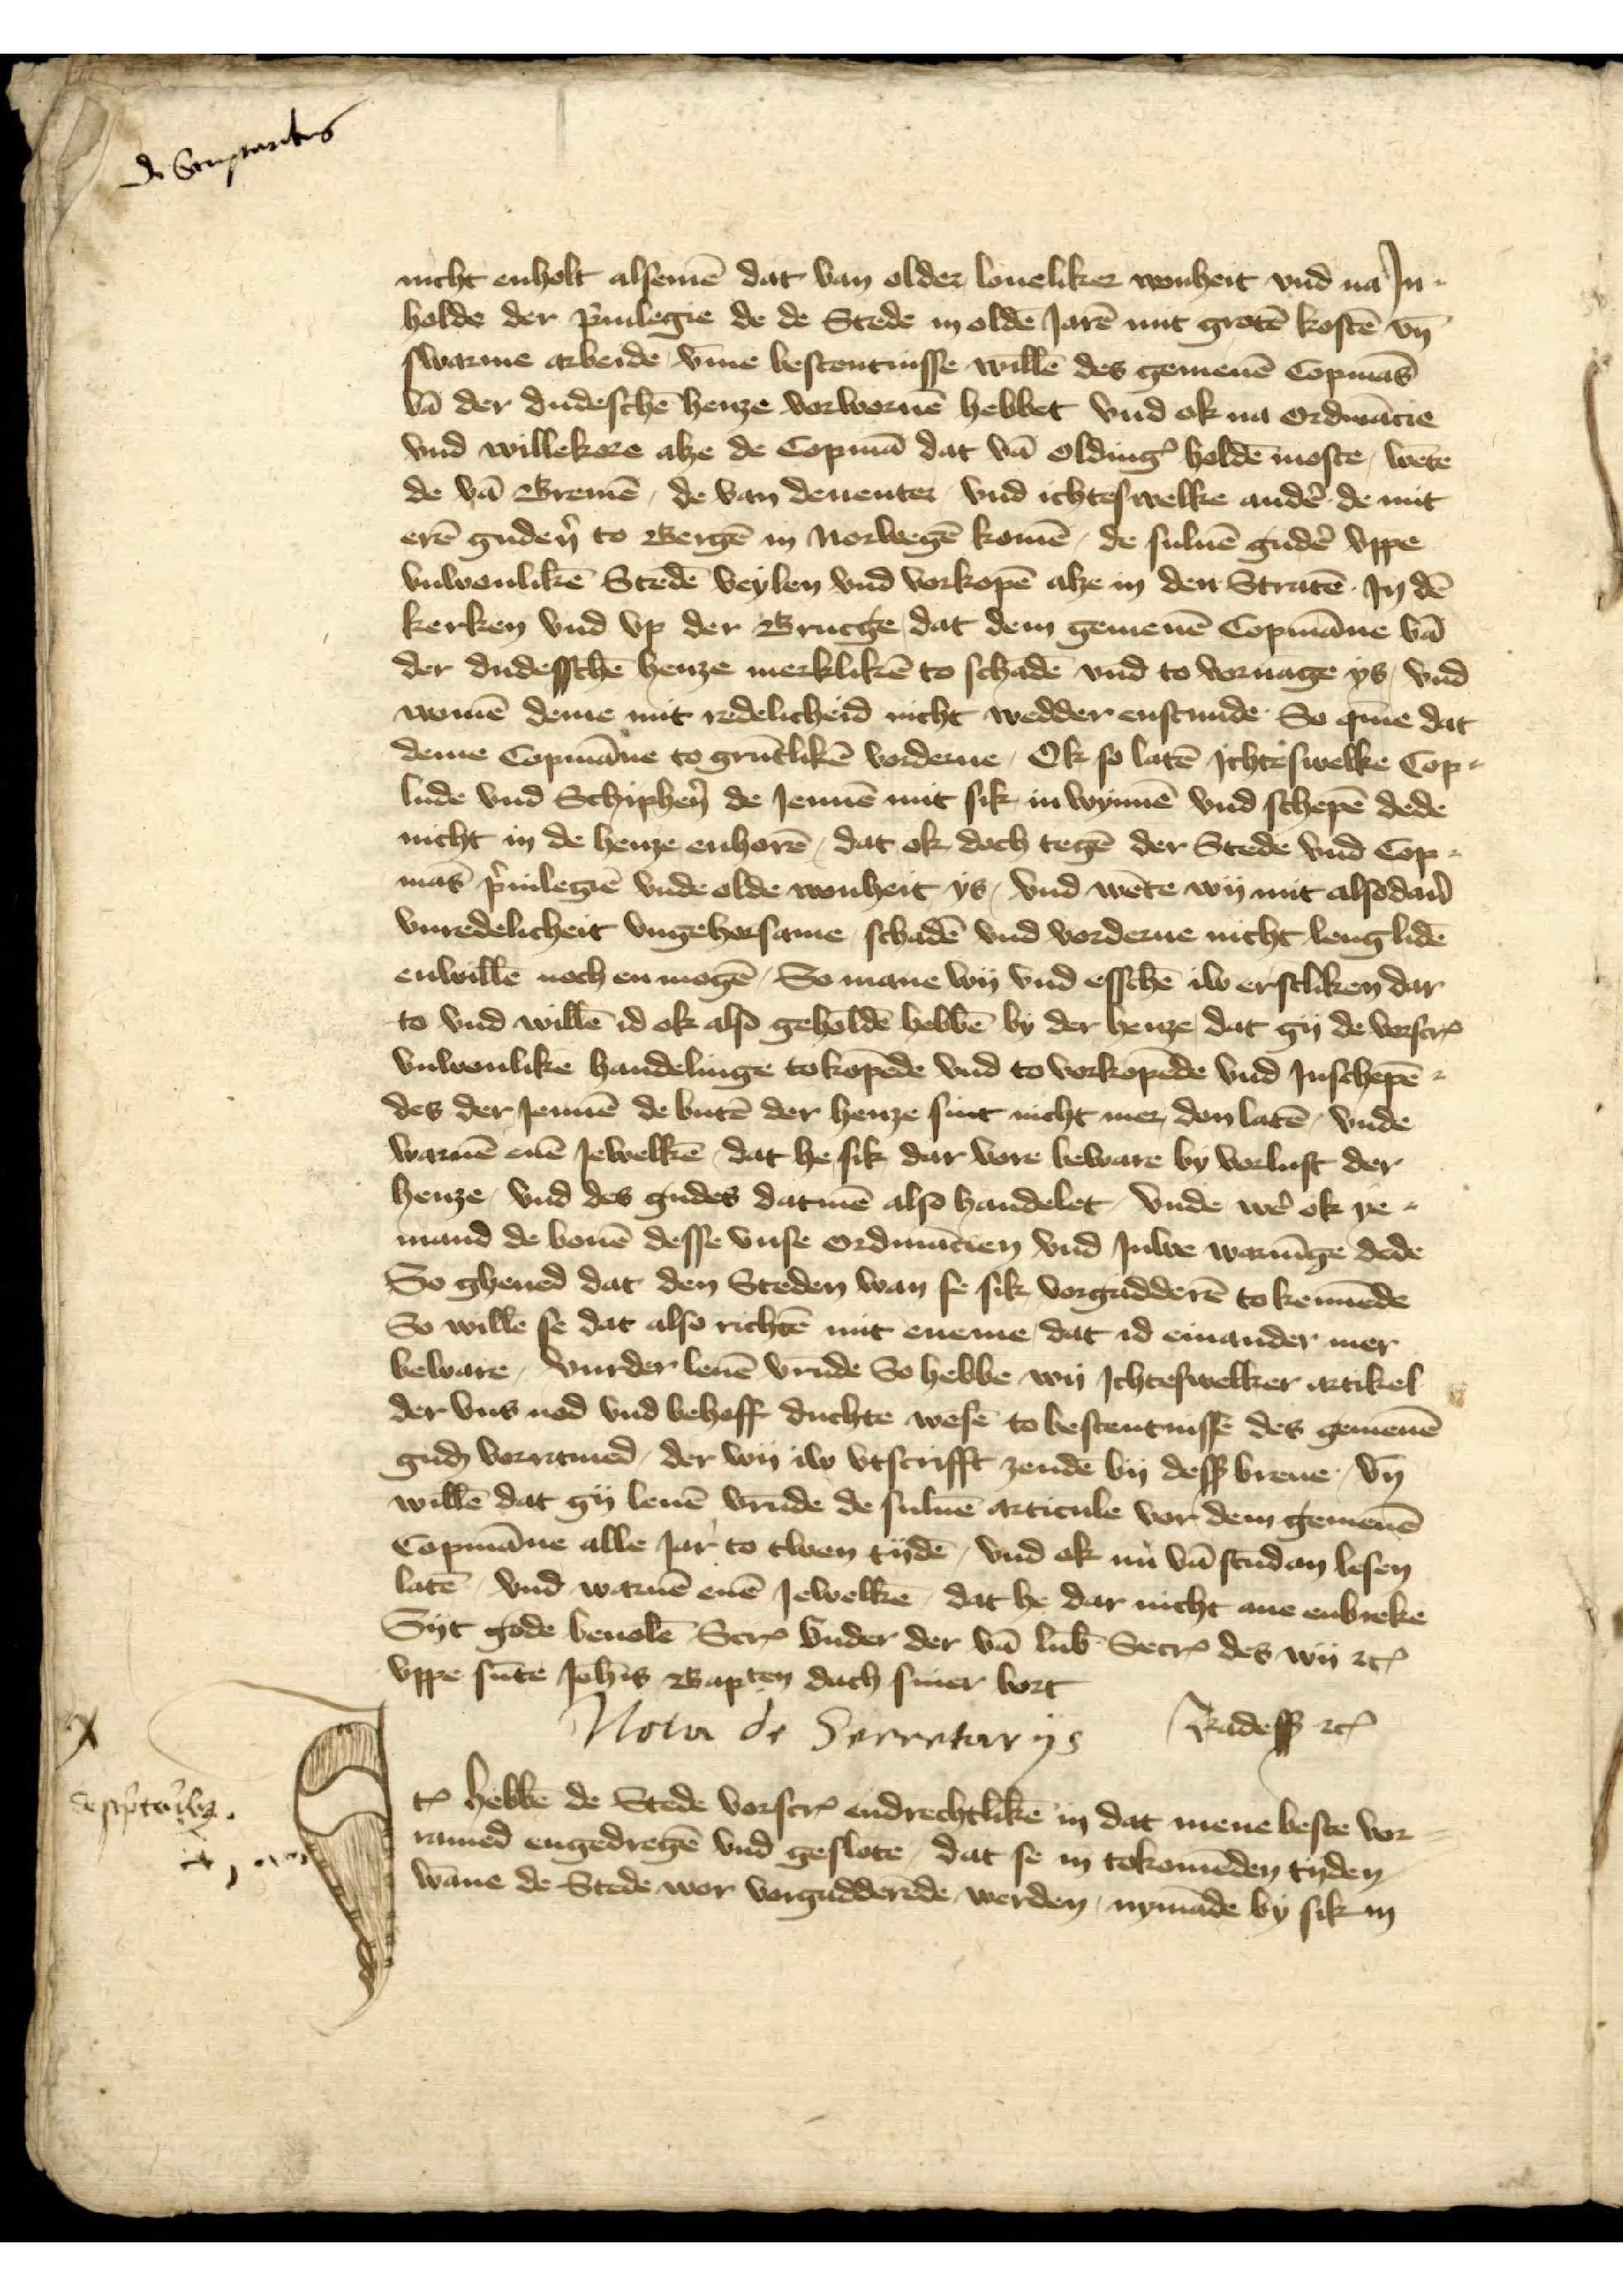
de Sempertes

nicht enholt alsemē dat van older loueliker wonheit vnd na Jn¬
holde der p̉ruilegie de de Stede oldē Jarē mit grotē kostē vn̄
swarme arbeide, v̄me bestentnisse willē des gemenē Copmās
vā de dudeschē henze vorwornē hebbet vnd ok na ordinācie
vnd willekere alze de Copmā dat vā OldingꝬ holdē moste, wēte
de vā Bremē, de van Deventer vnd ichteswelke andẻ de mit
erē gudẻn to Bergē in Norwegē komē, de suluen gudẻ vppe
vnwonlikē Stedē veylen vnd vorkopē alze in den Stratē Jn dē
kerken vnd vp der Brucgee, dat dem gemenē Copmāne vā
der dudesschē henze merklikē to schadē vnd to voruāge ys, vnd
womē deme mit redelicheid nicht wedder enstunde So q̄me dat
denne Copmāne to grūtlikē vorderne, Ok so latē ichteswelke Cop¬
lude vnd Schiphẻn de Jennē mit sik in wynnē vnd schepē dede
nicht in de henze enhorē, dat ok doch tegē der Stede vnd Cop¬
mās p̉uilegiē vnde olde wonheit ys, vnd wēte wy mit alsodan̉
vnredelicheit vngehorsame, schadē vnd vorderne nicht lenglidē
enwillē noch en mogē, So mane wy vnd esschē iw erstliken dar
to vnd willē id ok also geholdē hebbē by der henze dat gy de vorscrꝬ
vnwonlike handelinge to kopēde vnd to vorkopēde vnd Jnschepē
des der Jennē de butē der henze sint nicht mer, don latē, vnde
warnē enē Jewelkē, dat he sik dar vore beware by vorlust der
henze, vnd des gudes datmē also handelet, vnde wẻ ok ye¬
mand de bouē desse vnse ordinācien vnd Juwe warnīge dede
So gheued dat den Steden wan se sick vorgadderē tokennēde
so wille se dat also richtē mit eneme, dat id einander mer
beware, vurder leuē vrūde So hebbe wi Jchteswelker artikel
der vns nod vnd behoff duchte wesē to bestentnisse des gemenē
guḑ vorramed, der wy iw vtscrifft zenden by desß breue, vn̄
willē dat gy leuē vrūde de suluē articule vor den gemenē
Copmāne alle Jar to twen tyden, vnd ok nu vā stūd an lesen
latē, vnd warnē enē Jewelke, dat he dar nicht ane enbreke
Syt gode beuolē ScrꝬ vnder der vā Lub̄ SecrꝬ des wy etꝬ
vppe sūte Joh̄is Bapten dach siner bort
Radesß etꝬ

Nota de Secretarys
Radesß etꝬ

Jꝷ hebbē de Stede vorscrꝬ endrechtlikē in dat mene beste vor¬
ramed engedregē vnd geslote, dat se in tokomēden tyden
wāne de Stede vor vorgadderēde werden nymāde by sick in
vppe sūte Joh̄is Bapten dach scriuer bort

Sesp̉ta  ily

Jꝷ hebbē de Stede vorscȓ endrechtlikē in dat mene beste vor
ramed engedregē vnd geslote, dat se in tokomēden tyden
wāne de Stede vor vorgadderēde werden nymāde by sick in
vppe sūte Joh̄is Bapten dach scriuer bort